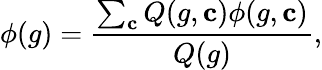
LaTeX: \phi(g)=\frac{\sum_{\mathbf{c}}Q(g,\mathbf{c})\phi(g,\mathbf{c})}{Q(g)},